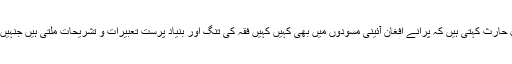
افغان قانونی ماہر غزل حارث کہتی ہیں کہ پرانے افغان آئینی مسودوں میں بھی کہیں کہیں فقہ کی تنگ اور بنیاد پرست تعبیرات و تشریحات ملتی ہیں جنہیں طالبان نے لے لیا تھا۔